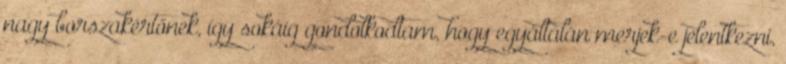
nagy borszakértőnek, így sokáig gondolkodtam, hogy egyáltalán merjek-e jelentkezni,